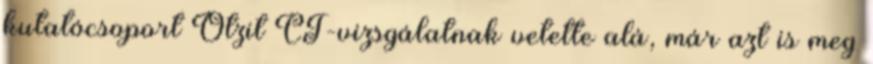
kutatócsoport Ötzit CT-vizsgálatnak vetette alá, már azt is meg